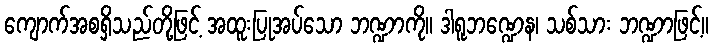
ကျောက်အစရှိသည်တို့ဖြင့် အထူးပြုအပ်သော ဘဏ္ဍာကို။ ဒါရူဘဏ္ဍေန၊ သစ်သား ဘဏ္ဍာဖြင့်။